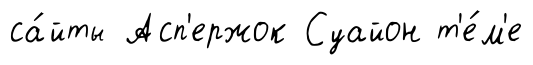
са́йты Асп'ержок Суайон т'е́м'е